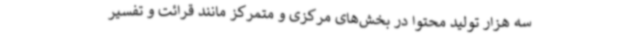
سه هزار تولید محتوا در بخش‌های مرکزی و متمرکز مانند قرائت و تفسیر